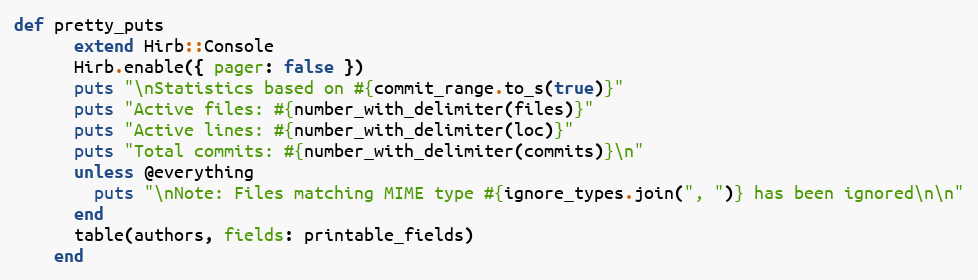
Language: Ruby
def pretty_puts
      extend Hirb::Console
      Hirb.enable({ pager: false })
      puts "\nStatistics based on #{commit_range.to_s(true)}"
      puts "Active files: #{number_with_delimiter(files)}"
      puts "Active lines: #{number_with_delimiter(loc)}"
      puts "Total commits: #{number_with_delimiter(commits)}\n"
      unless @everything
        puts "\nNote: Files matching MIME type #{ignore_types.join(", ")} has been ignored\n\n"
      end
      table(authors, fields: printable_fields)
    end